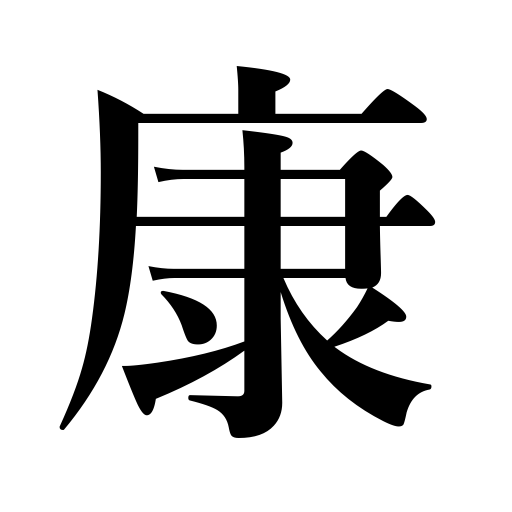
Meanings: peace